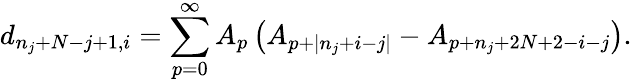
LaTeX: d_{n_{j}+N-j+1,i}=\sum_{p=0}^{\infty}A_{p}\left(A_{p+|n_{j}+i-j|}-A_{p+n_{j}+2N+2-i-j}\right).